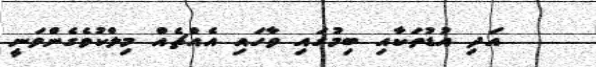
އަދި އުޑުތަކާއި ބިމުގައި ވާހައި އެއްޗެއް މިލްކުވެގެންވަނީ